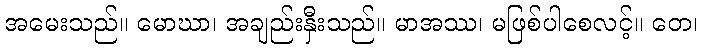
အမေးသည်။ မောဃာ၊ အချည်းနှီးသည်။ မာအဿ၊ မဖြစ်ပါစေလင့်။ တေ၊